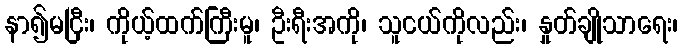
နာ၍မငြီး၊ ကိုယ့်ထက်ကြီးမူ၊ ဦးရီးအကို၊ သူငယ်ကိုလည်း၊ နှုတ်ချိုသာရေး၊